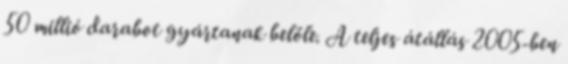
50 millió darabot gyártanak belőle. A teljes átállás 2005-ben